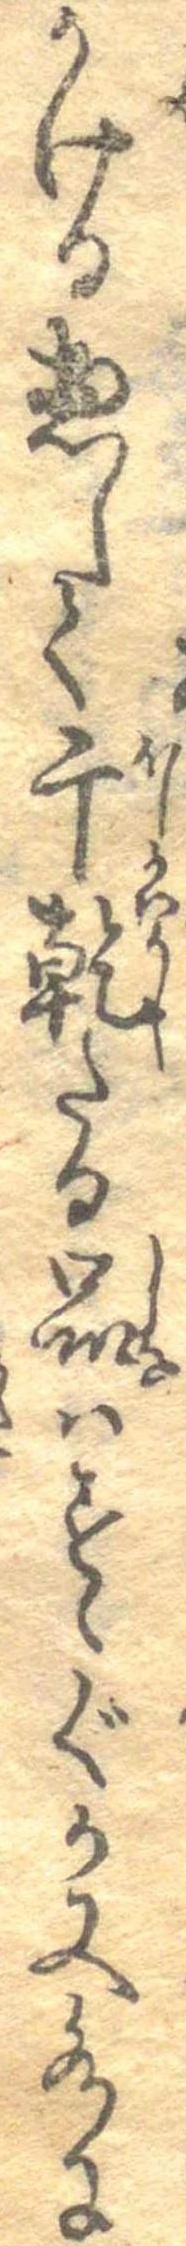
かける惣して干乾たる品はすゝぐか又水に